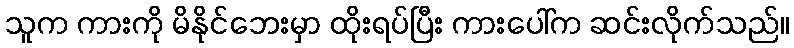
သူက ကားကို မိနိုင်ဘေးမှာ ထိုးရပ်ပြီး ကားပေါ်က ဆင်းလိုက်သည်။